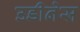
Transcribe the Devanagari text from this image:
उडीनेस